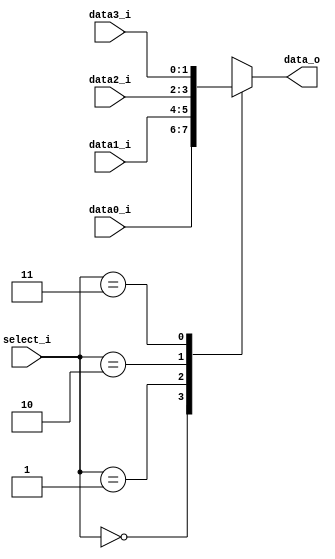
//Subject:     CO project 3 - MUX 421
//--------------------------------------------------------------------------------
//Version:     1
//--------------------------------------------------------------------------------
//Writer:      
//0616059  0616223 
//Date:        5/20
//----------------------------------------------
//Description: four input and choose one to be output
//--------------------------------------------------------------------------------
     
module MUX_4to1(
               data0_i,
               data1_i,
               data2_i,
               data3_i,
               select_i,
               data_o
               );

parameter size = 0;			   
			
//I/O ports               
input   [size-1:0] data0_i;          
input   [size-1:0] data1_i;
input	[size-1:0] data2_i;
input [size-1:0] data3_i;
input   [2-1:0]    select_i;
output  [size-1:0] data_o; 

//Internal Signals
reg     [size-1:0] data_o;

//Main function

always @(*)
	begin

		case(select_i)
			2'b00 : data_o = data0_i;
			2'b01 : data_o = data1_i;
			2'b10 : data_o = data2_i;
			2'b11 : data_o = data3_i;
		endcase

	end

endmodule